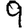
Digit: 9